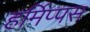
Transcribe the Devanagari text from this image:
हर्मिप्पस